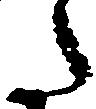
た